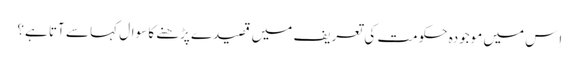
اِس میں موجودہ حکومت کی تعریف میں قصیدے پڑھنے کا سوال کہا سے آتا ہے؟